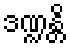
ဒဏ္ဍန္တိ